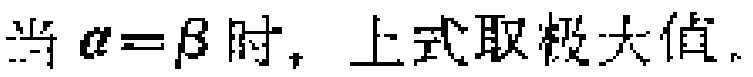
当 $\alpha=\beta$ 时, 上式取极大值。